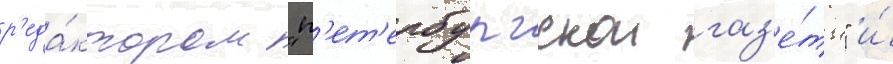
р'еда́ктором "п'ет'ербургскои газ'е́ты" и́